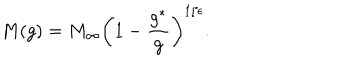
M ( g ) = M _ { \infty } \left( 1 - \frac { g ^ { * } } { g } \right) ^ { 1 / \epsilon } .